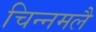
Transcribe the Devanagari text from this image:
चिन्नमलै